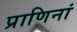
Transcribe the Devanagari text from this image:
प्राणिनां